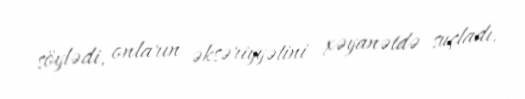
söylədi, onların əksəriyyətini xəyanətdə suçladı.